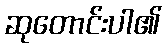
ဆုတောင်းပါ၏